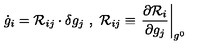
\dot { g } _ { i } = { \cal R } _ { i j } \cdot \delta g _ { j } \ , \ { \cal R } _ { i j } \equiv \left. \frac { \partial { \cal R } _ { i } } { \partial g _ { j } } \right| _ { g ^ { 0 } }